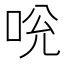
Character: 𠱕